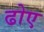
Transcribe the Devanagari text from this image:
ढोए